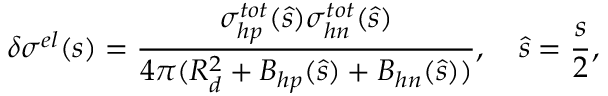
\delta \sigma ^ { e l } ( s ) = \frac { \sigma _ { h p } ^ { t o t } ( \hat { s } ) \sigma _ { h n } ^ { t o t } ( \hat { s } ) } { 4 \pi ( R _ { d } ^ { 2 } + B _ { h p } ( \hat { s } ) + B _ { h n } ( \hat { s } ) ) } , \quad \hat { s } = \frac { s } { 2 } ,